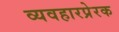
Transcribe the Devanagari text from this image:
व्यवहारप्रेरक